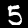
Label: 5